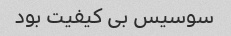
سوسیس بی کیفیت بود